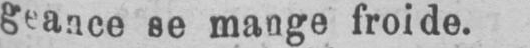
geance se mange froide.